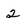
Character: 2